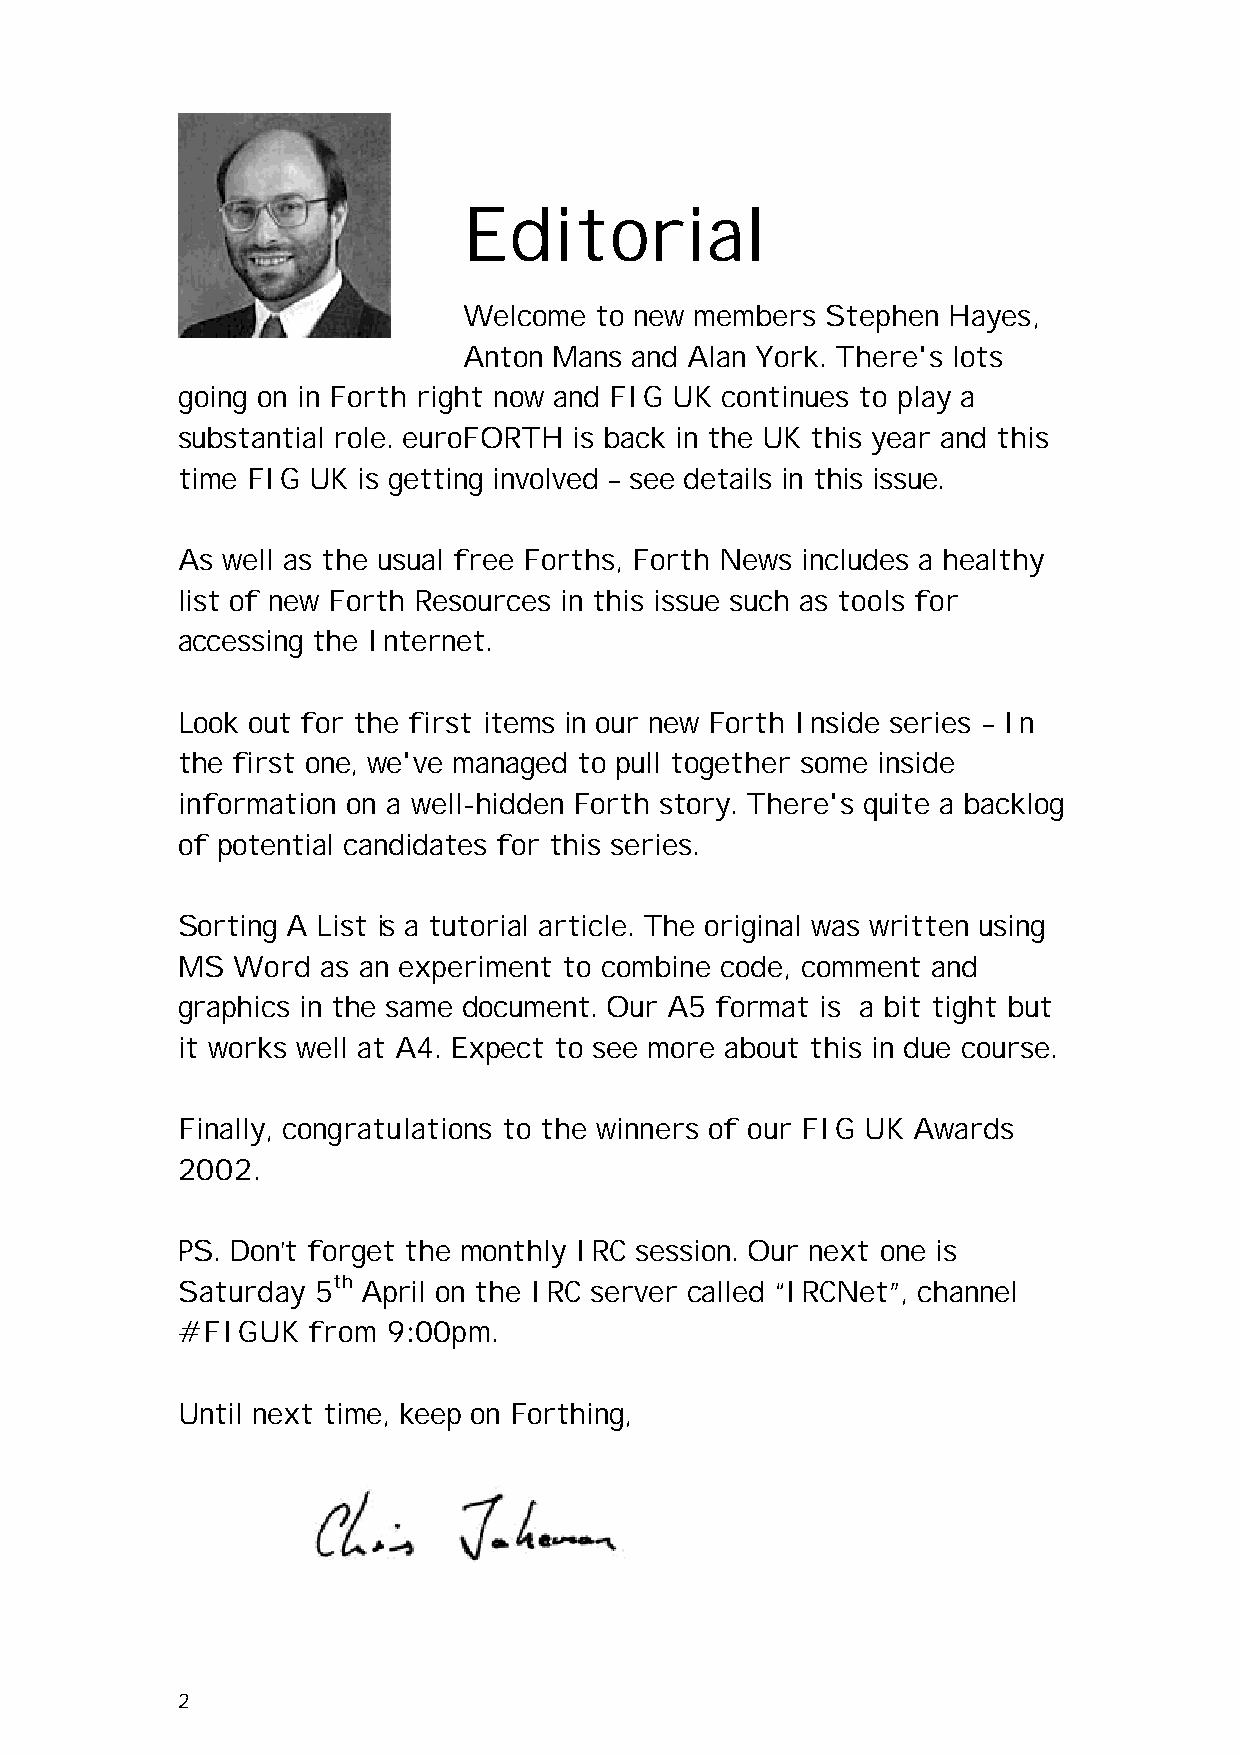
Editorial
 Welcome to new members  Stephen Hayes,
 Anton Mans and Alan York. There's lots
 going on in Forth right now and FIG UK continues to play a
 substantial role. euroFORTH is back in the UK this year and this
 time FIG UK is getting involved – see details in this issue.
 As well as the usual free Forths, Forth News includes a healthy
 list of new Forth Resources in this issue such as tools for
 accessing the Internet.
 Look out for the first items in our new Forth Inside series – In
 the first one, we've managed to pull together some inside
 information on a well-hidden Forth story. There's quite a backlog
 of potential candidates for this series.
 Sorting A List is a tutorial article. The original was written using
 MS Word  as an experiment to combine code, comment and
 graphics in the same document. Our A5 format is a bit tight but
 it works well at A4. Expect to see more about this in due course.
 Finally, congratulations to the winners of our FIG UK Awards
 2002.
 PS. Don’t forget the monthly IRC session. Our next one is
 th
 Saturday 5  April on the IRC server called “IRCNet”, channel
 #FIGUK  from  9:00pm.
 Until next time, keep on Forthing,
 2